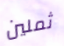
ثملين